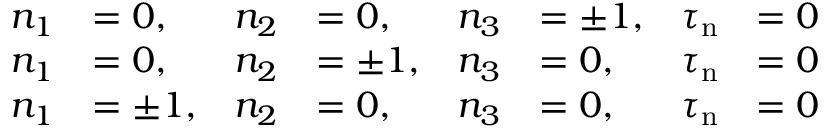
{ \begin{array} { r l r l r l r l } { n _ { 1 } } & { = 0 , } & { n _ { 2 } } & { = 0 , } & { n _ { 3 } } & { = \pm 1 , } & { \tau _ { \mathrm { n } } } & { = 0 } \\ { n _ { 1 } } & { = 0 , } & { n _ { 2 } } & { = \pm 1 , } & { n _ { 3 } } & { = 0 , } & { \tau _ { \mathrm { n } } } & { = 0 } \\ { n _ { 1 } } & { = \pm 1 , } & { n _ { 2 } } & { = 0 , } & { n _ { 3 } } & { = 0 , } & { \tau _ { \mathrm { n } } } & { = 0 } \end{array} }